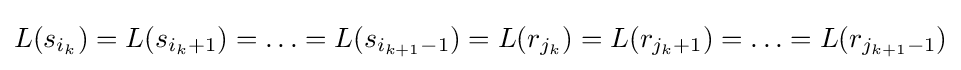
L(s_{i_{k}})=L(s_{i_{k}+1})=\ldots =L(s_{i_{k+1}-1})=L(r_{j_{k}})=L(r_{j_{k}+1})=\ldots =L(r_{j_{k+1}-1})